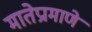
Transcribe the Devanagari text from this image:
मातेप्रामाणे